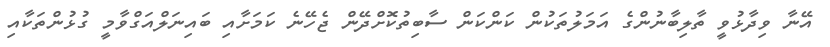
އޭނާ ވިދާޅުވީ ތާލިބާނުންގެ އަމަލުތަކުން ކަންކަން ސާބިތުކޮށްދޭން ޖެހޭނެ ކަމަށާއި ބައިނަލްއަގްވާމީ ގުޅުންތަކާއި